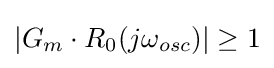
|G_{m}\cdot R_{0}(j\omega _{osc})|\geq 1